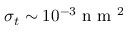
\sigma _ { t } \sim 1 0 ^ { - 3 } \mathrm { ~ n ~ m ~ } ^ { 2 }